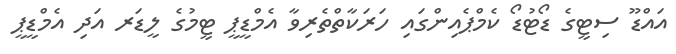
އައްޑޫ ސިޓީގެ ޑޯޓުޑޯ ކެމްޕެއިންގައި ހަރަކާތްތެރިވާ އެމްޑީޕީ ޓީމުގެ ލީޑަރ އަދި އެމްޑީޕީ